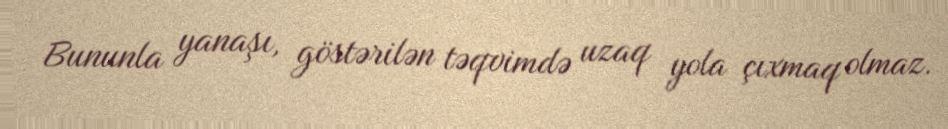
Bununla yanaşı, göstərilən təqvimdə uzaq yola çıxmaq olmaz.